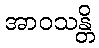
အာဝသန္တိ